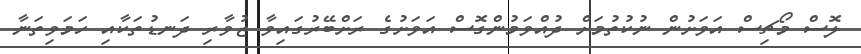
ލޮސް މޯޗިސް އަވަށުން ނުކުތުމަށް ދުއްވަމުންގޮސް އަވަށުގެ ރަށްބޭރުގައިވާ ޒުވާރި ދަނޑުތަކާއި ހަމަވިތަނާ